Annual administration report of the Civil Veterinary Department of India - 1893-1894
Year: 1893
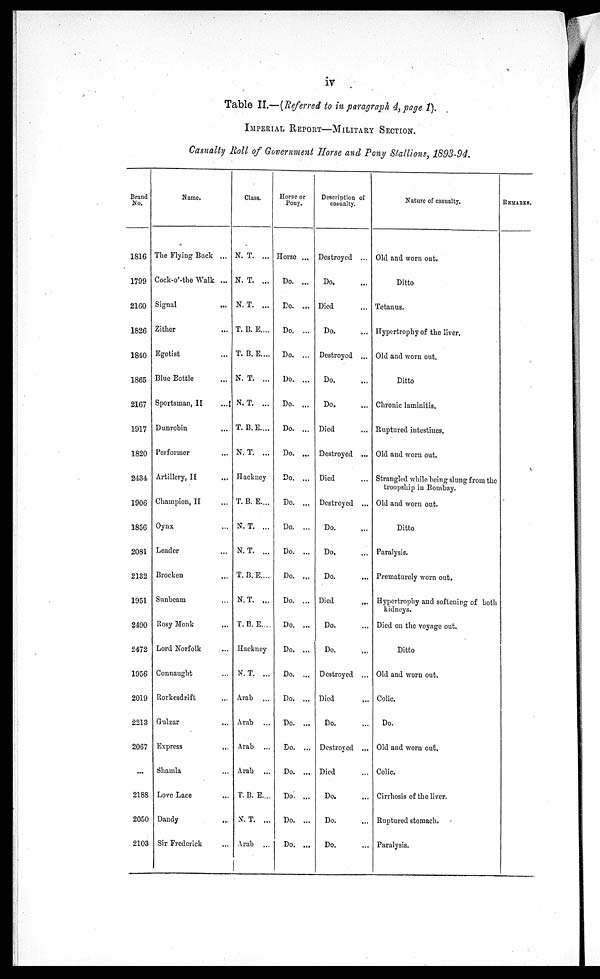
iv
Table II.—(Referred to in paragraph 4, page 1).
IMPERIAL REPORT—MILITARY SECTION.
Casualty Roll of Government Horse and Pony Stallions, 1893-94.
Brand
No.
1816
1799
2160
1826
1840
1865
2167
1917
1820
2434
1906
1856
2081
2132
1951
2490
2472
1956
2019
2213
2067
...
2188
2050
2103
Name.
The Flying Buck ...
Cock-o'-the Walk ...
Signal ...
Zither ...
Egotist ...
Blue Bottle ...
Sportsman, II ...
Dunrobin ...
Performer ...
Artillery, II ...
Champion, II ...
Oynx ...
Leader ...
Brocken ...
Sunbeam ...
Rosy Monk ...
Lord Norfolk ...
Connaught ...
Rorkesdrift ...
Gulzar
...
Express
...
Shamla ...
Love Lace ...
Dandy ...
Sir Frederick ...
Class.
N. T. ...
N. T. ...
N. T. ...
T. B. E....
T. B. E....
N. T. ...
N. T. ...
T. B.E....
N. T. ...
Hackney
T. B. E....
N. T. ...
N. T. ...
T. B.E....
N.T. ...
T.B. E....
Hackney
N. T. ...
Arab
Arab
Arab
Arab
T. B. E...
N. T. ...
Arab ...
Horse or
Pony.
Horse ...
Do. ...
Do. ...
Do. ...
Do. ...
Do. ...
Do. ...
Do. ...
Do. ...
Do. ...
Do. ...
Do. ...
Do. ...
Do. ...
Do. ...
Do. ...
Do. ...
Do. ...
Do. ...
Do. ...
Do. ...
Do. ...
Do. ...
Do. ...
Do. ...
Description of
casualty.
Destroyed ...
Do. ...
Died ...
Do. ...
Destroyed ...
Do. ...
Do. ...
Died ...
Destroyed ...
Died ...
Destroyed ...
Do. ...
Do. ...
Do. ...
Died ...
Do. ...
Do. ...
Destroyed ...
Died ...
Do. ...
Destroyed ...
Died ...
Do. ...
Do. ...
Do. ...
Nature of casualty.
Old and worn out.
Ditto
Tetanus.
Hypertrophy of the liver.
Old and worn out.
Ditto
Chronic laminitis.
Ruptured intestines.
Old and worn out.
Strangled while being slung from the
troopship in Bombay.
Old and worn out.
Ditto
Paralysis.
Prematurely worn out.
Hypertrophy and softening of both
kidneys.
Died on the voyage out.
Ditto
Old and worn out.
Colic.
Do.
Old and worn out.
Colic.
Cirrhosis of the liver.
Ruptured stomach.
Paralysis.
REMARKS.